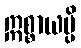
ဣစ္စာယမ္ပိ